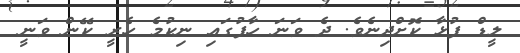
ލީޑް ފުޅާ ކޮށްދިނެވެ. ދެ ވަނަ ހާފުގައި ނިކުމެ ހެރީ ކޭން ވަނީ